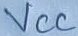
Text: VCC